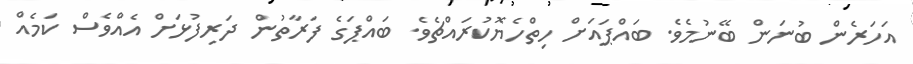
އަހަރެން ބުނަން ބޭނުމެވެ. ބައްޕައަށް ހިތްހެޔޮކުރައްޗެވެ. ބައްޕަގެ ފަރާތުން ދަރިފުޅަށް އެއްވެސް ކަމެއް